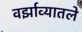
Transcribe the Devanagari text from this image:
वर्झाव्यातले